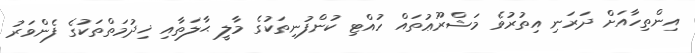
އިންތިހާއަށް ދަރަނި އިތުރުވެ މަޝްރޫޢުތައް ހުއްޓި ކުންފުނިތަކުގެ މާލީ ޙާލަތާއި ޚިދުމަތްތަކުގެ ފެންވަރު